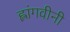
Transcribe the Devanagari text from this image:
ह्लांगवीनी